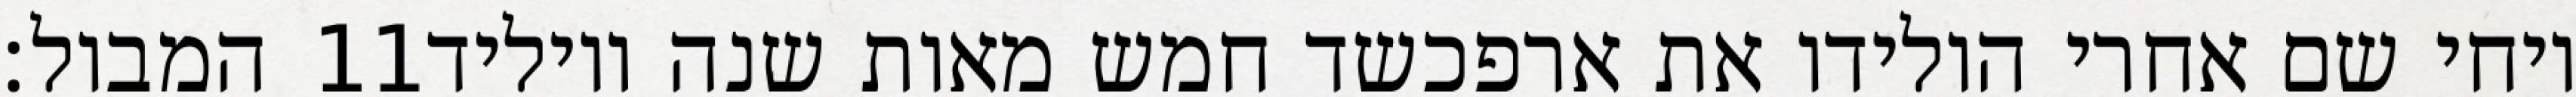
המבול׃ ‎11‏ ויחי שם אחרי הולידו את ארפכשד חמש מאות שנה ויוליד